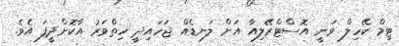
ޓިމް ކޭހިލް ވަނީ އޮސްޓްރޭލިއާ އަށް ލަނޑެއް ޖަހައިދީ ހިތްވަރު އާކޮށްދީފަ އެވެ.